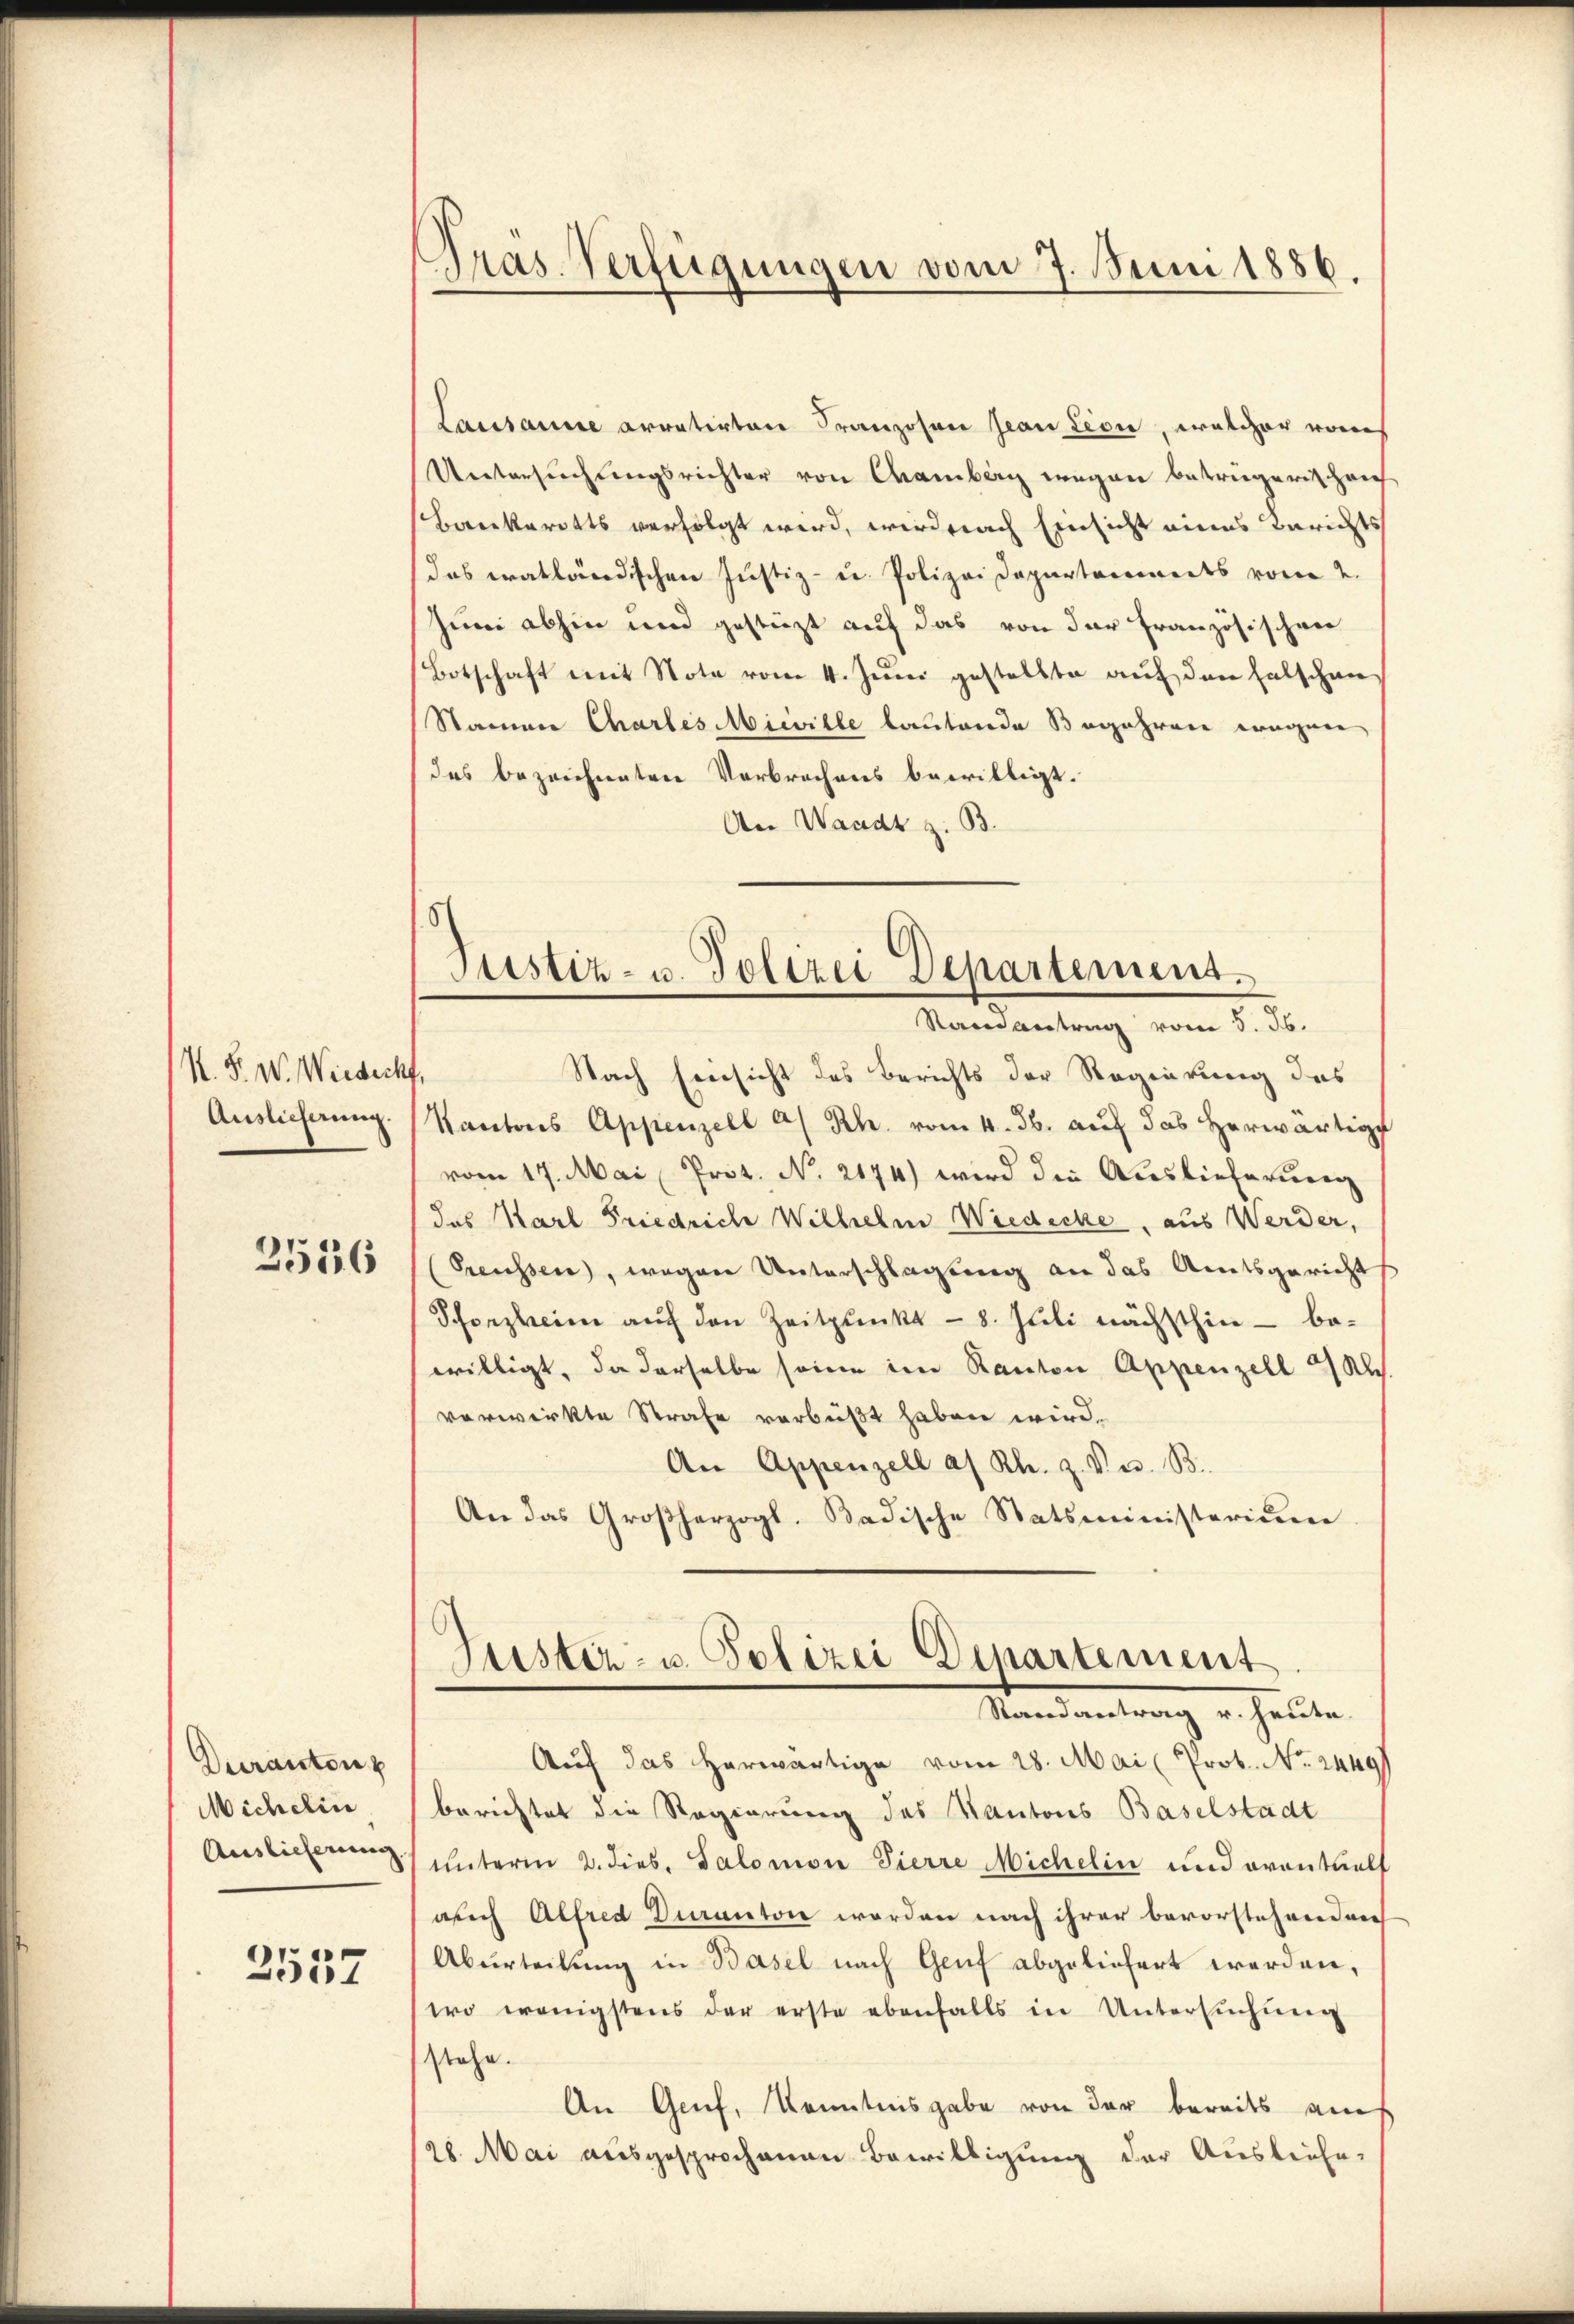
N. F. W. Wiesicht
Auslieferung.
2546

Duranton
Michelin
Auslieferung.

2537

Lausanne arretirten Franzosen Jean Lion, welcher vons
Untersuchtungsrichter von Chamberg wegen betrügerischei
Bankerotts verfolgt wird, wird erach Einsicht eines Berichts
das tratländischen Justiz- u. Polizei Departarements vom 2.
Juni abhin und gestürzt auf das von der Französischen
Botschaft mit Note vom 4. Juni gestellte auf den falschen
Namen Chartes Misville lautende Begehren wegen
des bezeichneten Verbrechens bewilligt.
An Waadt z. B.

)
Gras. Verfügungen vom 7. Juni 1886.

Justiz- u. Polizei Departement.
Randantrag vom 5. Jb.

Nach Einsicht des Berichts der Regierung des
Kantons Appenzell a/Rh. vom 4. ds. aŭf das herwärtige
vom 17. Mai Prot. No. 2174) wird die Auslieferung
das Karl Friedriche Wilhelm Wiedecke, aus Werder,
Preussen, wegen Unterschlagung an das Amtsgericht
Schonzleien auf den Zeitpunkt - 8. Juli nächsthin - be-
willigt, da derselbe seine im Kanton Appenzell u Kl.
verwirkte Strafe verbüßt haben wird.
An Appenzell a. Rh. Z. V. u. B.
An das Großherzogl. Badische Statsministerium
Justiz- u. Polizei Departement
Mandantrag von halte
Auf das herwärtige vom 28. Mai (Prot. No. 2449
berichtet die Regierung des Kantons Baselstadt
unterm 2. dies. Salomon Pierre Michelin und eventuell
auch Alfred duranton werden nach ihrer bevorstehendrech
Aburteilung in Basel nach Genf abgeliefert werden,
wo wenigstens der erste ebenfalls in Untersuchung
stehe.
An Genf, Kenntnisgabe von der bereits am
28. Mai ausgesprochenen Bewilligung der Ausliefe,